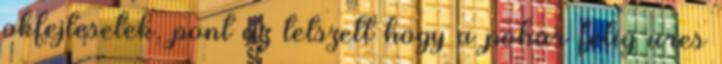
okfejtesetek, pont az tetszett hogy a pohar felig ures